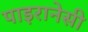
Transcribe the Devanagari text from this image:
पाइरानेसी